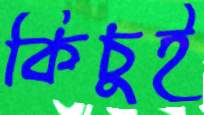
কিচুই